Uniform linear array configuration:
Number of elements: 4
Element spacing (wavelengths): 0.25
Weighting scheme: hann
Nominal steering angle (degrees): -30
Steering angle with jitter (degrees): -28.091
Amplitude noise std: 0.05
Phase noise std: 0.05

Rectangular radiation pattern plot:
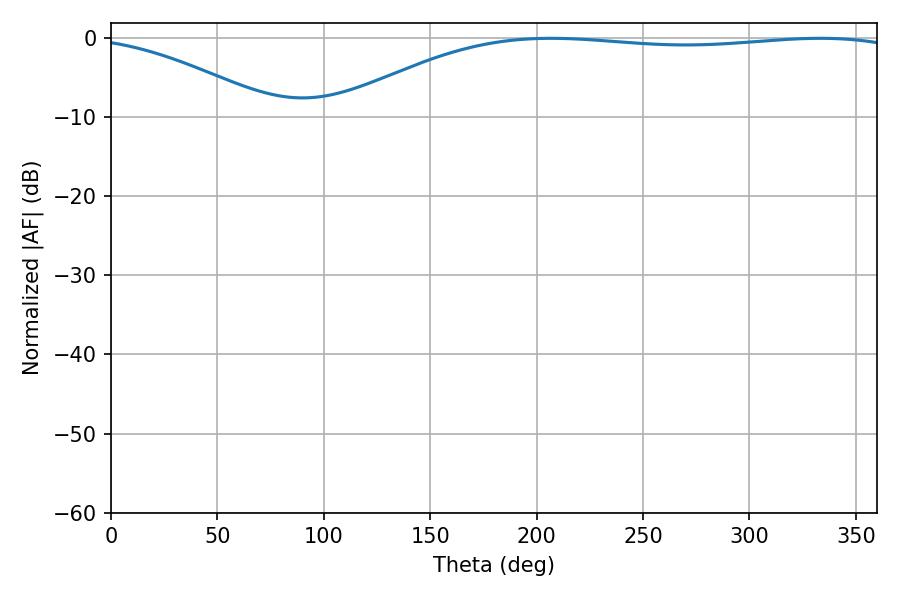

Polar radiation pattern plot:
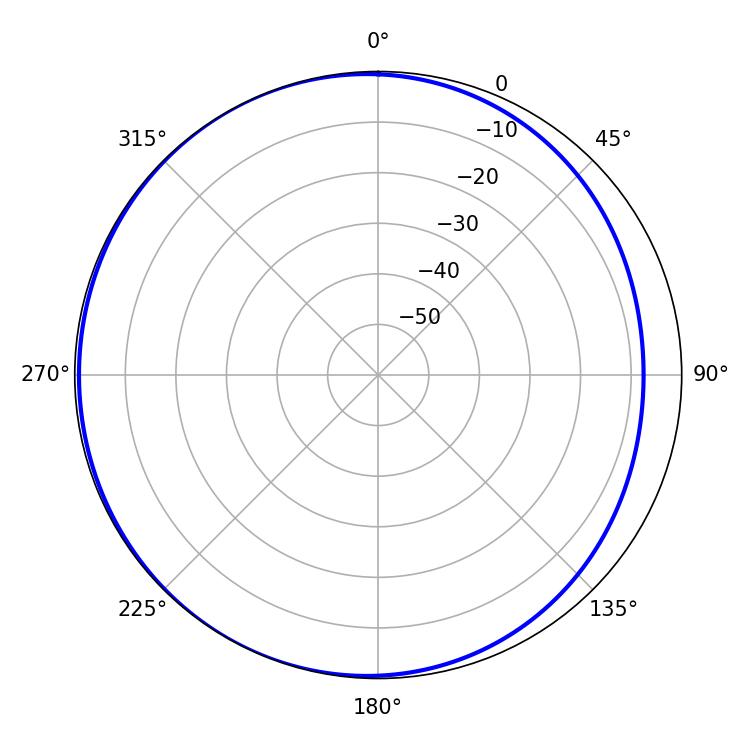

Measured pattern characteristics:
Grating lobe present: FALSE
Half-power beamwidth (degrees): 213.3
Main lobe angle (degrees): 206.64